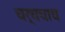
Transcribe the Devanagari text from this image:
चर्चचाच